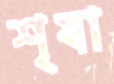
শৃষা